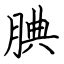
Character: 腆